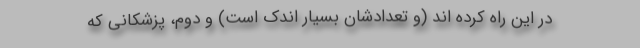
در این راه کرده اند (و تعدادشان بسیار اندک است) و دوم، پزشکانی که